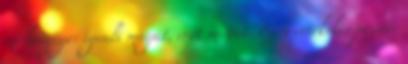
mi lényege: igenli magát, erőt mutat. Ezen értékelés pozitív